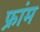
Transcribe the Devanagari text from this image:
फ्रांम